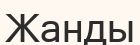
Жанды